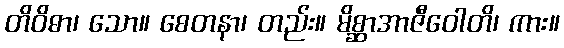
တိဝိဓာ၊ သော။ စေတနာ၊ တည်း။ မိစ္ဆာအာဇီဝေါတိ၊ ကား။